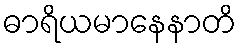
ဓာရိယမာနေနာတိ